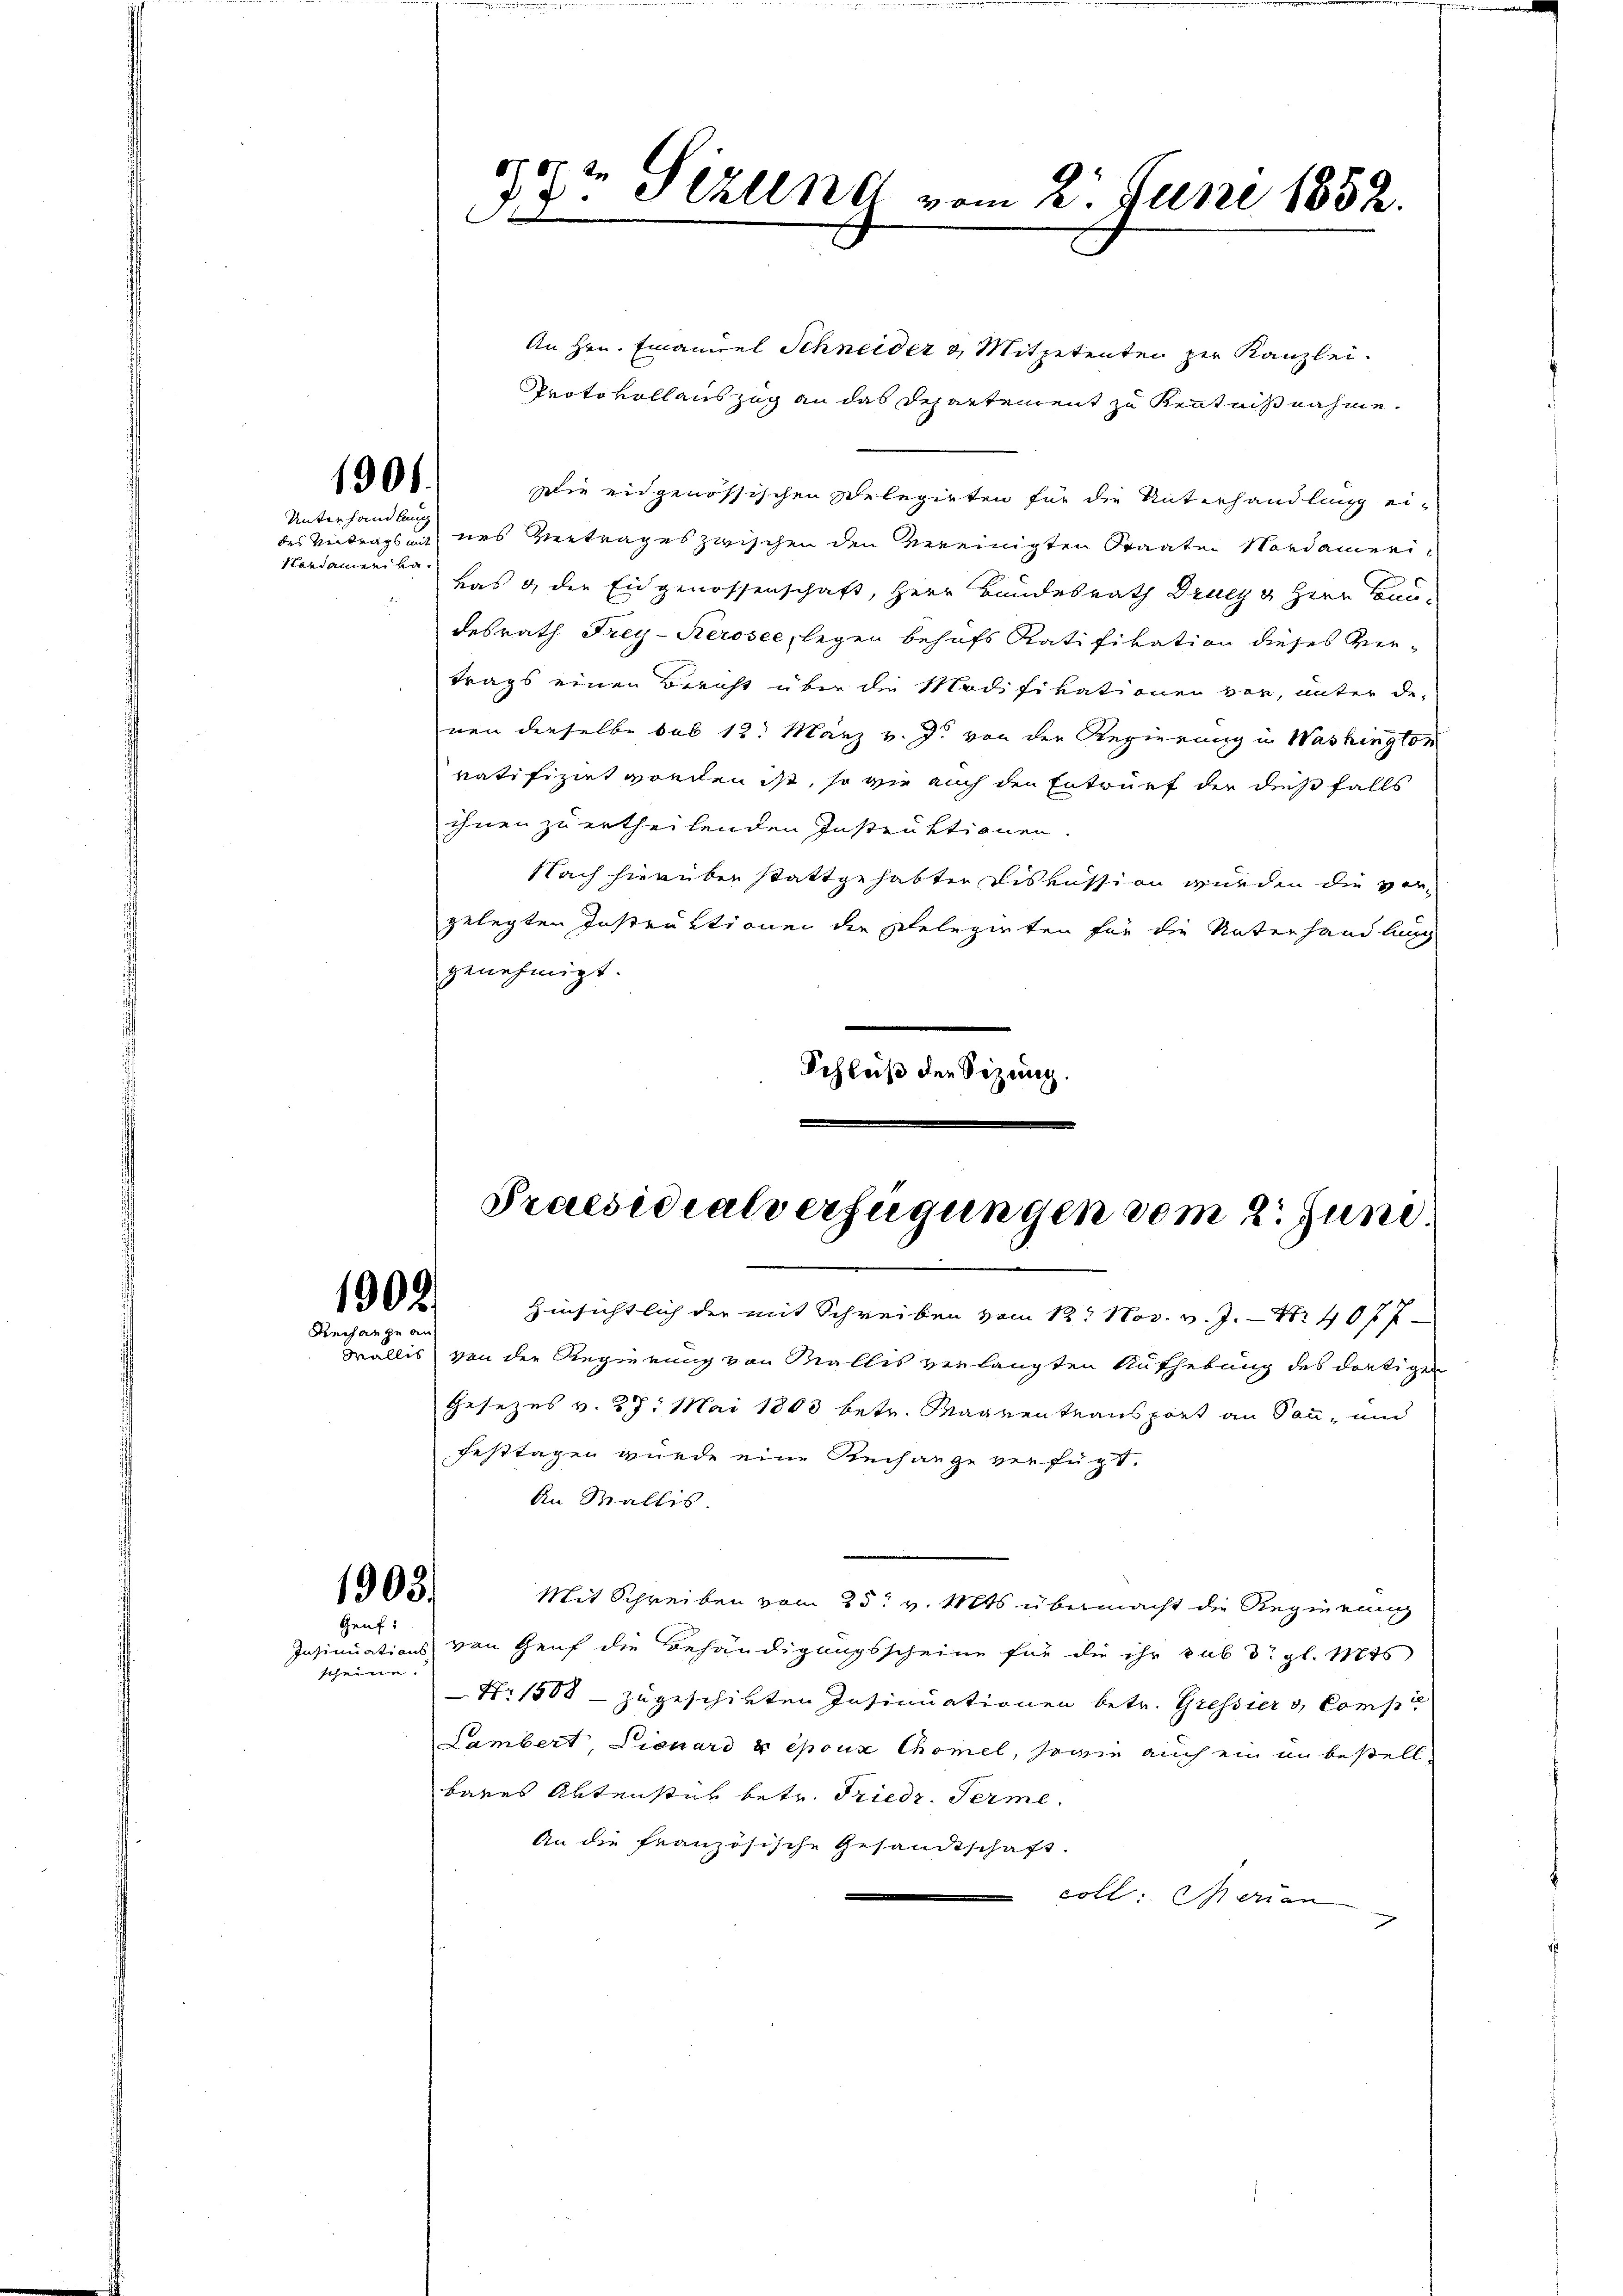
1901.

Unterhandlung
des Antrags mit
Nordamerika,

1902/
Rechange an

An Hrn. Emanuel Schneider & Mitpetenten per Kanzlei.
Protokollauszug an das Departement zu Kenntnißnahme.
Die eidgenössischen Delegirten für die Unterhandlung ei-
nes Vertrages zwischen den vereinigten Staaten Nordamerivas & die Eingenossenschaft, Herr Bundesrath Drucz u Herr Baudesrath Frey-Rerosee, legen behufs Ratifikation dieses Vertrags einen Bericht über die Modifikationen vor, unter de-
nen derselbe sub 12. März v. J. von der Regierung in Washington
ratifizirt worden ist, so wie auch den Entwurf der dießfalls
ihnen zu ertheilenden Instruktionen
Nach hierüber stattgehabten Diskussion wurden die vor-
gelegten Instruktionen der stelegirten für die Unterhandlung
genehmigt.
Schluß den Sizung.

1903.
Genf:

scheine.

1707. In
17. Sizlend vom 2. Juni 1852.

Praesidiat erfügungen vom 2. Juni.

Hinsichtlich der mit Schreiben vom 12. Nov. v. J. Nr. 407 7
Wallis von der Regierung von Wallis verlangten Aufhebung des dortigen
Gesezes v. 27. Mai 1863 betr. Maarenteansport an Sonn- und
Festtagen wurde eine Rechange verfügt.
An Wallis
Mit Schreiben vom 25t v. Mts übermacht die Regierung
Insinuations von Genf die Behändigungsscheine für die ihr pub d. gl. Mts
Nr 1508 - zugeschikten Insinuationen betr. Gressier & Comp
Lambert, Lienard & époux Chömel, sowie auch ein an bestellbanes Aktenstük betr. Friedr. Ferme
An die französische Gesandtschaft.
e
Cotta